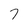
Character: 7